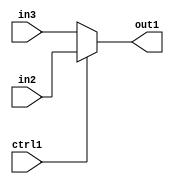
`timescale 1ps / 1ps
/*****************************************************************************
    Verilog RTL Description
    
    
    Created by: CellMath Designer 2019.1.01 
*******************************************************************************/

module fp_cmp_N_Mux_23_2_7_4_3 (
	in3,
	in2,
	ctrl1,
	out1
	); /* architecture "behavioural" */ 
input [22:0] in3,
	in2;
input  ctrl1;
output [22:0] out1;
wire [22:0] asc001;

reg [22:0] asc001_tmp_0;
assign asc001 = asc001_tmp_0;
always @ (ctrl1 or in2 or in3) begin
	case (ctrl1)
		1'B1 : asc001_tmp_0 = in2 ;
		default : asc001_tmp_0 = in3 ;
	endcase
end

assign out1 = asc001;
endmodule

/* CADENCE  uLT4SQo= : u9/ySgnWtBlWxVPRXgAZ4Og= ** DO NOT EDIT THIS LINE ******/